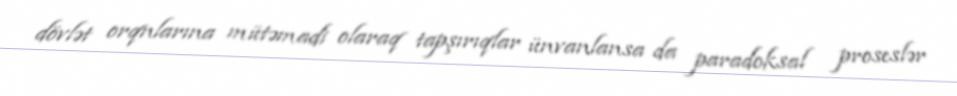
dövlət orqnlarına mütəmadi olaraq tapşırıqlar ünvanlansa da paradoksal proseslər